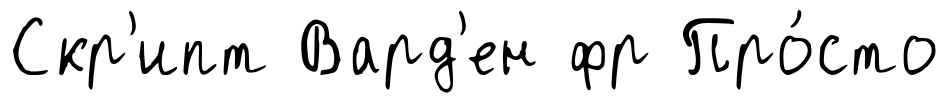
Скр'ипт Вард'ен фр Про́сто